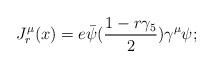
LaTeX: \begin{align*}J^\mu_r (x) = e \bar \psi ({1 - r\gamma_5 \over 2})\gamma^\mu \psi;\end{align*}